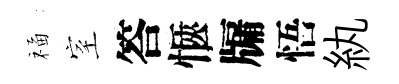
福室答愜牖悟紈